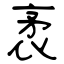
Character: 袤